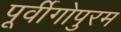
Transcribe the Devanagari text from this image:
पूर्वीगोपुरम